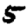
Digit: 5